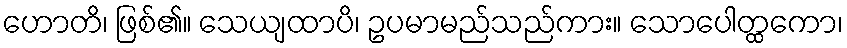
ဟောတိ၊ ဖြစ်၏။ သေယျထာပိ၊ ဥပမာမည်သည်ကား။ သောပေါတ္ထကော၊